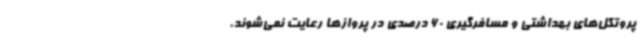
پروتکل‌های بهداشتی و مسافرگیری 60 درصدی در پروازها رعایت نمی‌شوند،